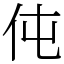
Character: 伅